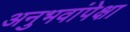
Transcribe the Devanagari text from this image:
अनुभवांपेक्षा